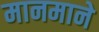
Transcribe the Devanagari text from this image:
मानमाने